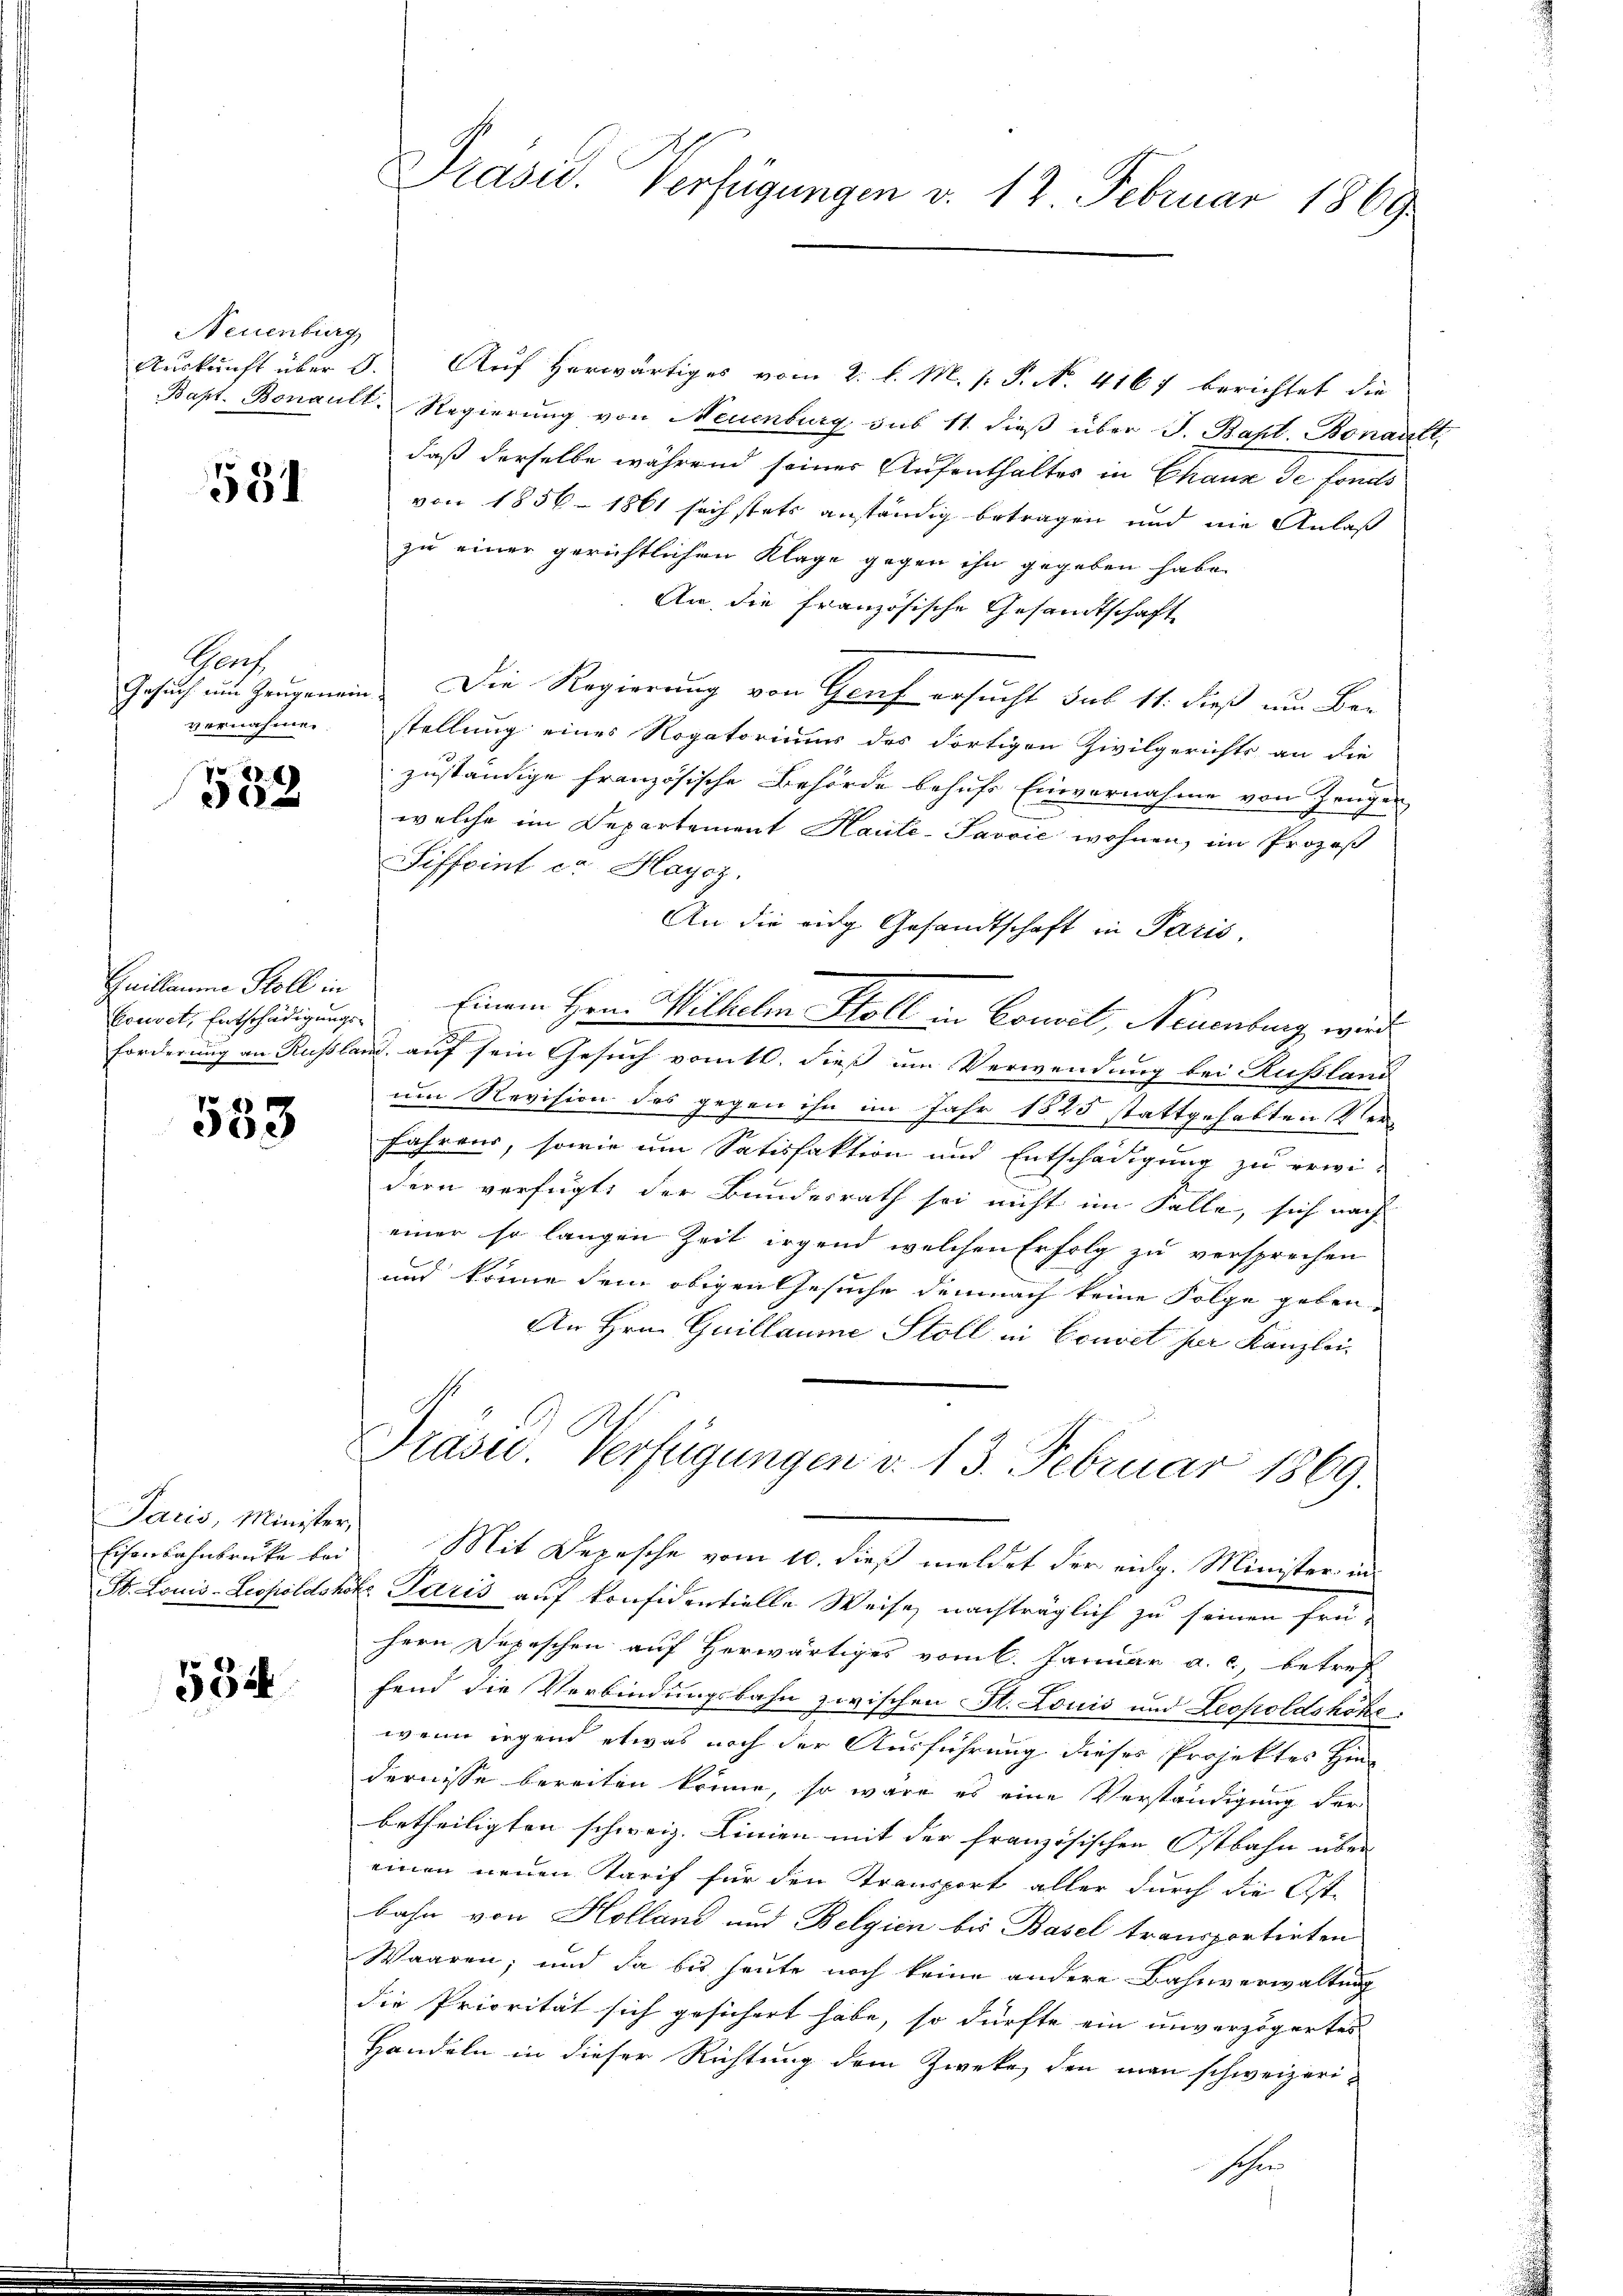
Neuenburg

551

Genf
vernahmen.

552

Quillaume Stoll in
bouret, Entschädigungs
Forderung an Russle

533

Paris, Minister,

534

Eisenbahnbrücke bei Mit Depesche vom 10. dieß meldet der eidg. Minister in
St. Louis-Leopoldskok. Paris auf konfidentielle Weise, nachträglich zu seinen frü-
hern Depeschen auf Herwärtiges vom l. Januar a. c. betref
fend die Verbindungsbahn zwischen St. Louis und Leopoldshöhe
wenn irgend etwas noch der Ausführung dieses Projektes Hindernisse bereiten könne, so wäre es eine Verständigung der
betheiligten schweiz. Linien mit der französischen Ostbahn über
einen neuen Tarif für den Transport aller durch die Ost-
bahn von Holland und Belgien bis Basel transportirten
Waaren; und da bis heute noch keine andere Bahnverwaltung
die Priorität sich gesichert habe, so dürfte ein unverzögertes
Handeln in dieser Richtung dem Zweke, den man schweizerischen

Präsid. Verfügungen v. 17. Februar 1869

Auskunft über 3. Auf herwärtiges vom 2. l. M. v. P. N. 4167 berichtet die
Bapt. Bonault. Regierung von Neuenburg sub 11. dieß über J. Bapt. Bonault,
daß derselbe während seiner Aufenthaltes in Chaux de fonds
von 1856 - 1861 söchstets anständig betragen und nie Anlaß
zu einer gerichtlichen Klage gegen ihn gegeben habe.
An die französische Gesandtschaft
Gesuch um Zeugenein Die Regierung von Graf ersucht sub 11. dieß um Bestellung eines Rogatoriums des dortigen Zivilgerichts an die
zuständige französische Behörde behufs Einvernahme von Zeugen
welche im Departement Haute-Savvić wohnen, im Prozeß
Siffoint ca Hayoz.
An die eidg. Gesandtschaft in Paris,
Einem Hrn. Wilhelm Stoll in Concit, Neuenburg, wird
und. auf sein Gesuch vom 10. dieß um Verwendung bei Rußland
um Revision des gegen ihn im Jahr 1825 stattgehabten Verfahrens, sowie um Satisfaktion und Entschädigung zu erwi-
dern verfügt, der Bundesrath sei nicht im Falle, sich nach
einer so langen Zeit irgend welchen Erfolg zu versprechen
und könne dem obigen Gesuche demnach keine Folge geben,
An Hrn. Guillaume Stoll in Convet ser Kanzlei
Präsid. Verfügungen v. 13. Februar 1869.